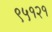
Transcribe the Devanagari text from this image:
९५१२१